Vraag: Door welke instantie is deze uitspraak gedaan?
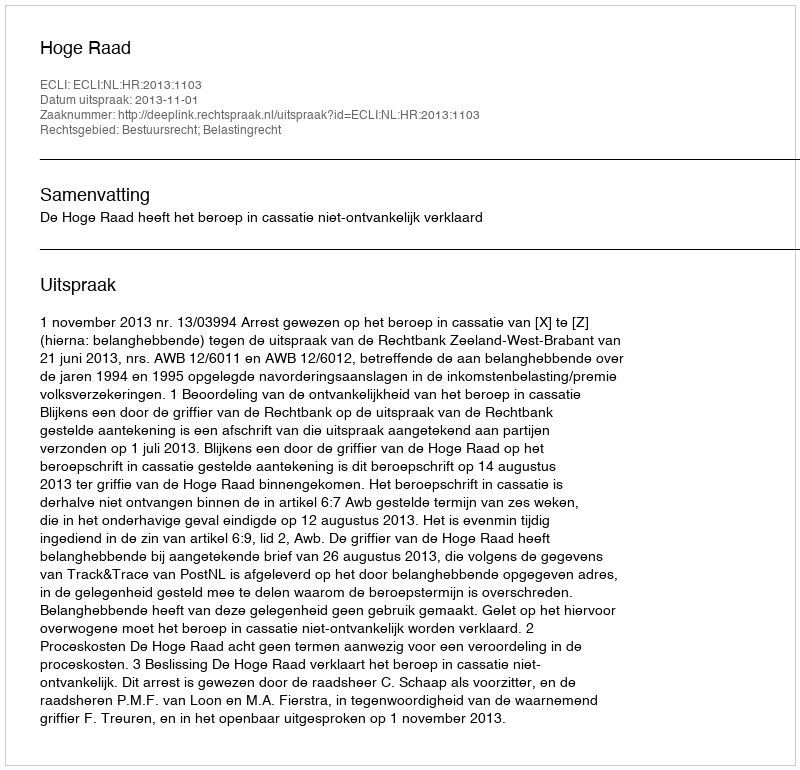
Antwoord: Hoge Raad